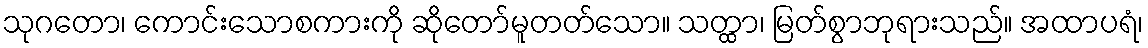
သုဂတော၊ ကောင်းသောစကားကို ဆိုတော်မူတတ်သော။ သတ္ထာ၊ မြတ်စွာဘုရားသည်။ အထာပရံ၊